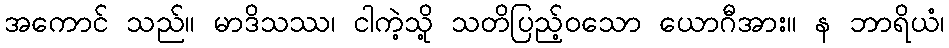
အကောင် သည်။ မာဒိသဿ၊ ငါကဲ့သို့ သတိပြည့်ဝသော ယောဂီအား။ န ဘာရိယံ၊